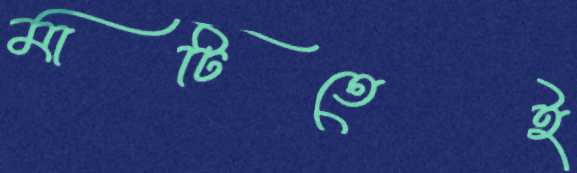
মাটিতেই